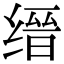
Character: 缙